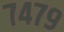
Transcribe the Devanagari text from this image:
७४७९